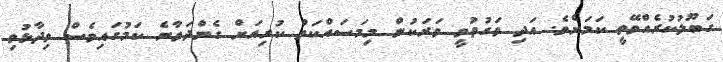
ގަބޫލުކުރެއްވޭތީ ކަމަށެވެ. އަދި ވަގުތުވީ ވަރަކުން މިމަސައްކަތް ކުރިއަށް ގެންދަވާނެ ކަމުގައިވެސް ވިދާޅުވި